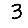
Digit: 3